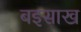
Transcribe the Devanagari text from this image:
बइसाख